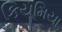
કિયૂમિયા